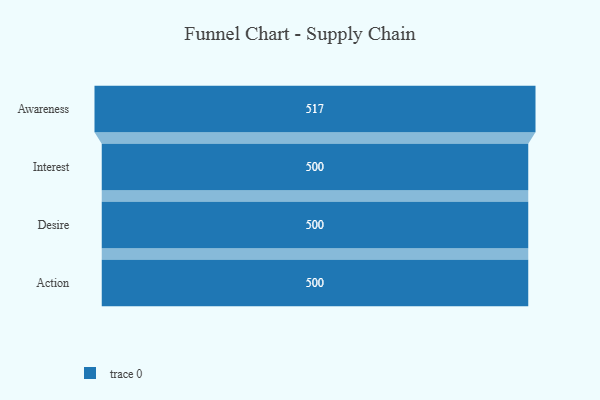
{"axis": {"x": "Stage", "y": "Value"}, "legend": [""], "data": [{"x": "Awareness", "y": 517.0, "type": ""}, {"x": "Interest", "y": 500, "type": ""}, {"x": "Desire", "y": 500, "type": ""}, {"x": "Action", "y": 500, "type": ""}]}